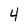
Character: 4